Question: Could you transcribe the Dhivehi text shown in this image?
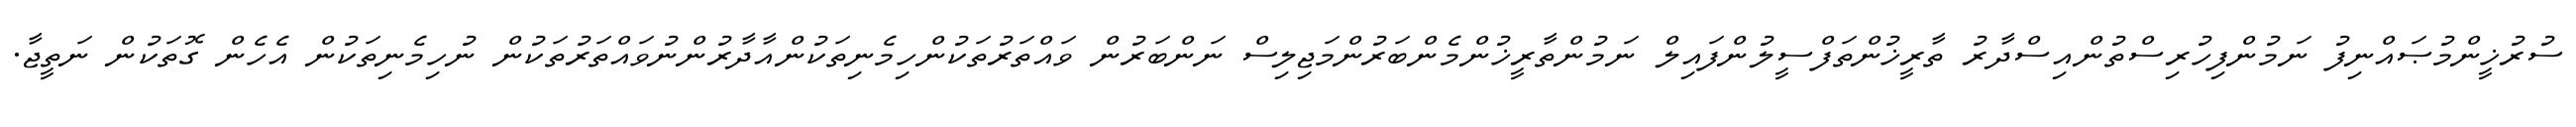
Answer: ސުރުޚީންމުޞައްނިފު ނަމުންފިހުރިސްތުންއިސްދާރު ތާރީޚުންތަފްސީލުންފައިލް ނަމުންތާރީޚުންމެންބަރުންމަޖިލިސް ނަންބަރުން ވައްތަރުތަކުންހިމެނިތަކުންއާދާރުންނުވައްތަރުތަކުން ނުހިމެނިތަކުން އެހެން ގޮތަކުން ނަތީޖާ.